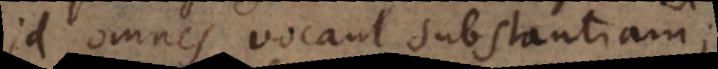
id omnes vocant substantiam;